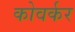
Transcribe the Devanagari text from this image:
कोवर्कर